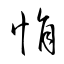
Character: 悁